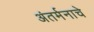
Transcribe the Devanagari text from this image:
अंतर्मनाचे